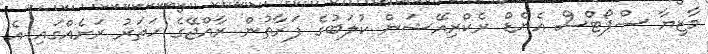
މާޒިޔާ ސްޕޯޓްސް އެންޑް ރެކްރިއޭޝަން ކުލަބުގެ ފަރާތުން ރާއްޖޭގެ ހަތަރު ރަށެއްގައި އެ